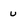
Character: u